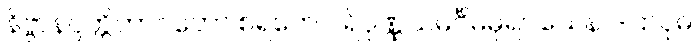
နိဗ္ဗာနပ္ပတ္တိဘာဝတော စရတေ ပရိပုဏ္ဏသမင်္ဂိမဓုရဝသေန ဒါဌာဝုဓ